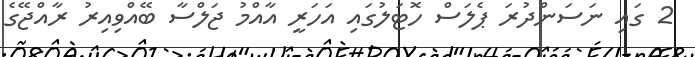
2 ގައި ނަސަންދުރަ ޕެލަސް ހޮޓަލުގައި އަހަރީ އާއްމު ޖަލްސާ ބޭއްވިއިރު ރާއްޖޭގެ